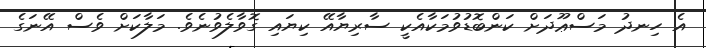
އެ ހިނދު މަސްޢޫދަށް ކަންބޮޑުވުމަކާއެކީ ސާރިޔާއޭ ކިޔައި ގޮވާލެވުނެވެ. މަލާކަށް ވެސް އޭނަގެ